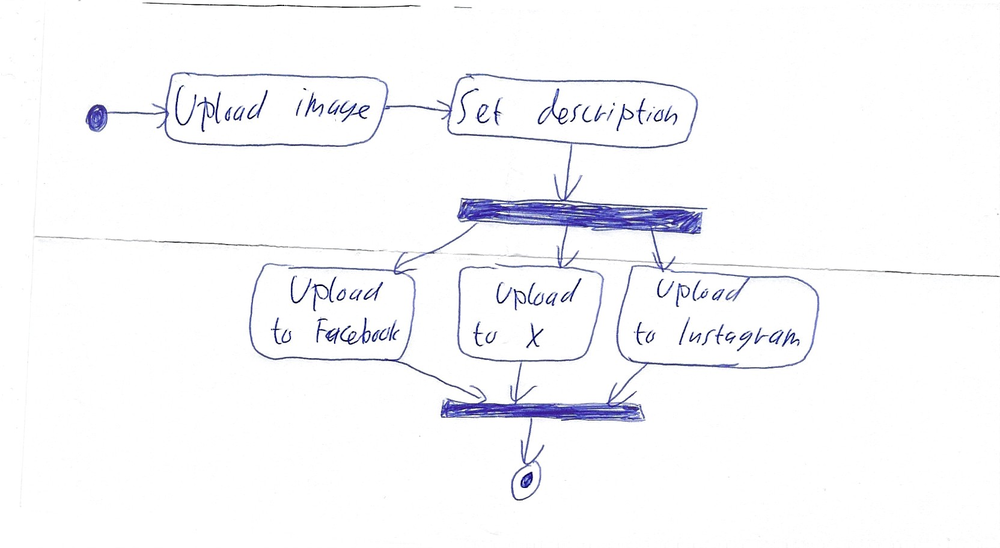
Diagram type: activity_diagram
```plantuml
@startuml

start

:Upload image;

:Set description;

fork
  :Upload to Facebook;
fork again
  :Upload to X;
fork again
  :Upload to Instagram;
end fork

stop

@enduml
```